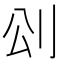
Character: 𠛀